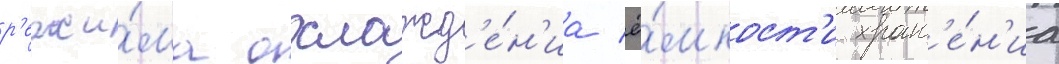
р'ежи́ма охлажд'е́н'иа ё́мкост'и хран'е́н'иа